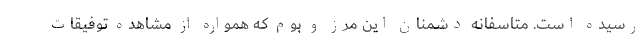
رسیده است. متاسفانه دشمنان این مرز و بوم که همواره از مشاهده توفیقات